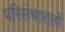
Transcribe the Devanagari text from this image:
परिसंचारानों